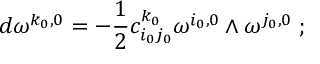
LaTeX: d \omega ^ { k _ { 0 } , 0 } = - \frac { 1 } { 2 } c _ { i _ { 0 } j _ { 0 } } ^ { k _ { 0 } } \omega ^ { i _ { 0 } , 0 } \wedge \omega ^ { j _ { 0 } , 0 } \; ;